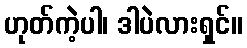
ဟုတ်ကဲ့ပါ၊ ဒါပဲလားရှင်။